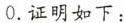
0$$.证明如下：